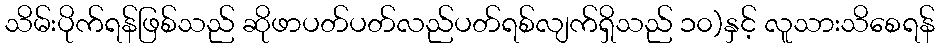
သိမ်းပိုက်ရန်ဖြစ်သည် ဆိုဖာပတ်ပတ်လည်ပတ်ရစ်လျက်ရှိသည် ၁၀)နှင့် လူသားသိစေရန်